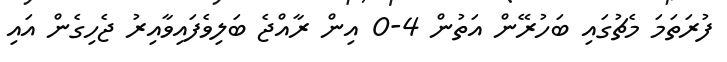
ފުރަތަމަ މެޗުގައި ބަހުރޭން އަތުން 4-0 އިން ރާއްޖެ ބަލިވެފައިވާއިރު ޖެހިގެން އައި